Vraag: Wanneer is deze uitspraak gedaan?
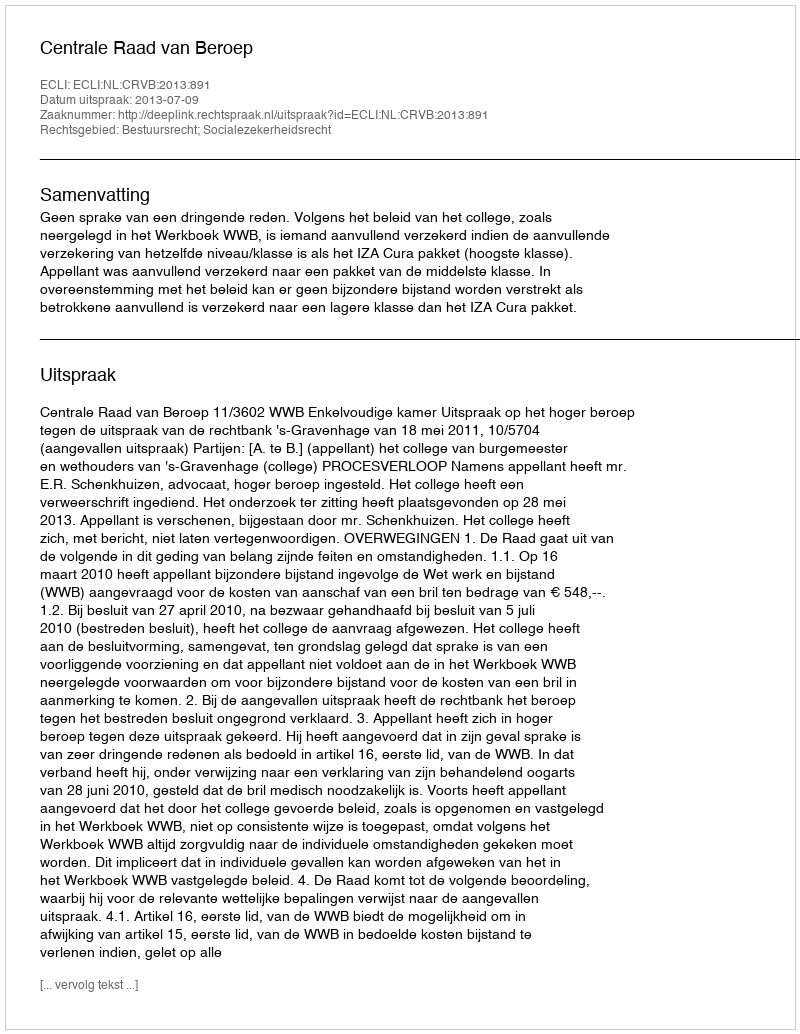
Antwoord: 2013-07-09